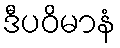
ဒီပဝိမာနံ